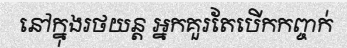
នៅក្នុងរថយន្ត អ្នកគួរតែបើកកញ្ចក់